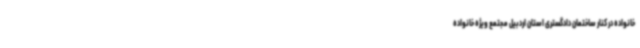
خانواده در کنار ساختمان دادگستری استان اردبیل مجتمع ویژه خانواده